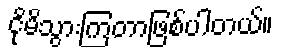
ငိုမိသွားကြတာဖြစ်ပါတယ်။